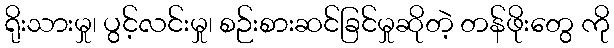
ရိုးသားမှု၊ ပွင့်လင်းမှု၊ စဉ်းစားဆင်ခြင်မှုဆိုတဲ့ တန်ဖိုးတွေ ကို